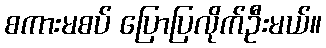
စကားမစပ် ပြောပြလိုက်ဦးမယ်။